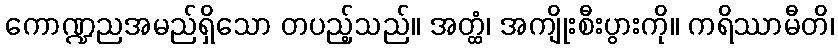
ကောဏ္ဍညအမည်ရှိသော တပည့်သည်။ အတ္ထံ၊ အကျိုးစီးပွားကို။ ကရိဿာမီတိ၊